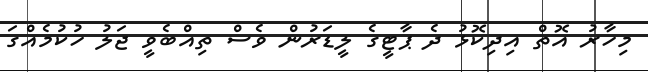
މިހާރު އޮތް އިދިކޮޅު ދެ ޕާޓީގެ ލީޑަރުން ވެސް ތިއްބެވީ ޖަލު ހުކުމެއްގަ